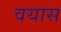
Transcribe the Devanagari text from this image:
वयास